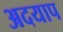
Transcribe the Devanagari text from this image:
अदयाप